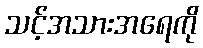
သင့်အသားအရေကို